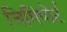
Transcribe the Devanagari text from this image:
चिमिंपोर्ट